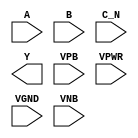
module sky130_fd_sc_ms__nor3b (
    //# {{data|Data Signals}}
    input  A   ,
    input  B   ,
    input  C_N ,
    output Y   ,

    //# {{power|Power}}
    input  VPB ,
    input  VPWR,
    input  VGND,
    input  VNB
);
endmodule